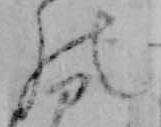
の